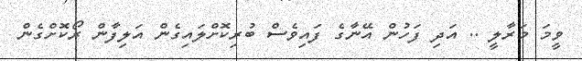
ވީމަ މަރާލީ .. އަދި ފަހުން އޭނާގެ ފައިވެސް ބުރިކޮށްލައިގެން އަލިފާން ރޯކޮށްގެން